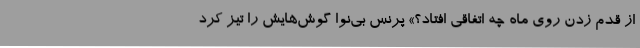
از قدم زدن روی ماه چه اتفاقی افتاد؟» پرنس بی‌نوا گوش‌هایش را تیز کرد